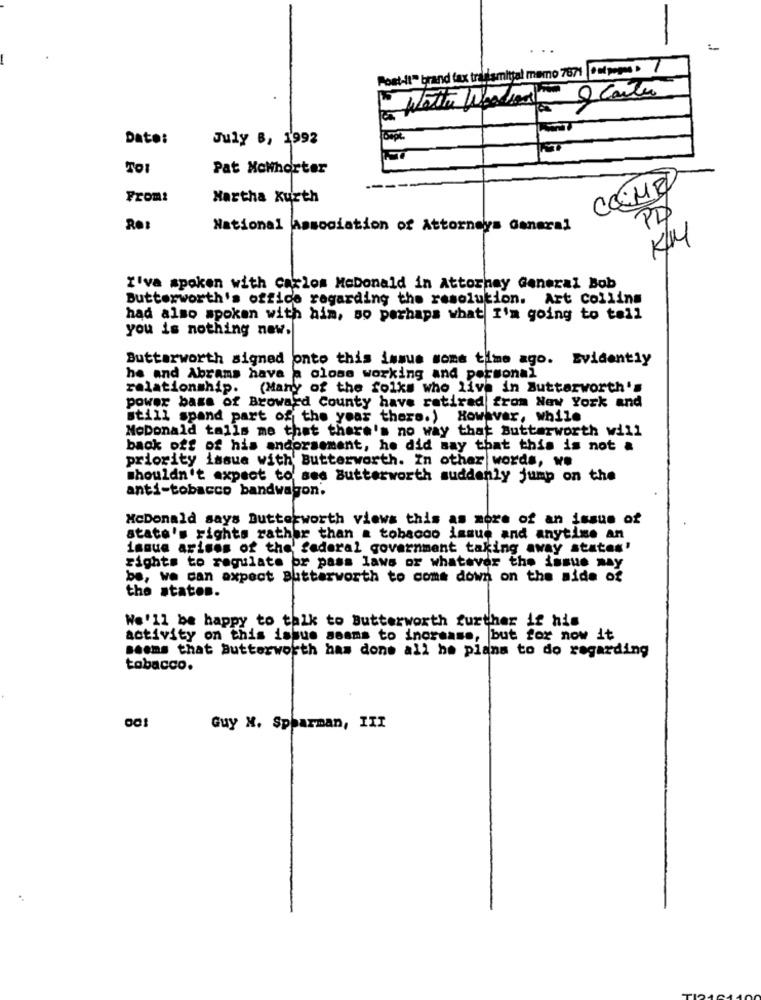
Post-it" brand fax transmittal mamo 7671 *atp --- > 7
2 Cartas
Water Woodson
Date:
July B, 1992
Pat Mcwhorter
COME
From:
Hartha Kurth
PD
Re:
National Association of Attorneys General
I'va spoken with carlos MoDonald in Attorney General Bob
Butterworth's office regarding the resolution. Art collins
had also spoken with him, so perhaps what I'm going to tell
you is nothing new.
Butterworth signed onto this issue some time ago. Evidently
ha and Abrams hava a close working and personal
relationship. (Many of the folks who live in Buttarworth's
power base of Broward County have ratirad from New York and
still spand part of the year there.) However, while
MoDonald tails me that there's no way that Butterworth will
back off of his endorsement, he did say that this is not a
priority issue with' Butterworth. In other words, we
shouldn't expect to see Butterworth suddenly jump on the
anti-tobacco bandwagon.
McDonald says Butterworth views this as more of an issue of
state's rights rather than a tobacco issue and anytime an
issue arises of the' federal government taking away states'
rights to regulate or pass laws or whatever the issue may
be, we can expect Butterworth to come down on the side of
the states.
We'll be happy to talk to Butterworth further if his
activity on this issue seams to increase, but for now it
seems that Butterworth has done all ha plans to do regarding
tobacco.
Guy H. Spparman, III